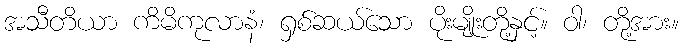
အသီတိယာ ကိမိကုလာနံ၊ ရှစ်ဆယ်သော ပိုးမျိုးတို့နှင့်။ ဝါ၊ တို့အား။